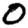
Digit: 0